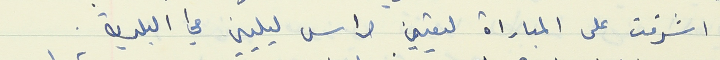
اشرفت على المباراة لتعيين حراس ليليين في البلدية .